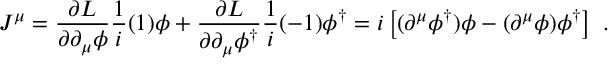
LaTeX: J ^ { \mu } = \frac { \partial { \cal { L } } } { \partial \partial _ { \mu } \phi } \frac { 1 } { i } ( 1 ) \phi + \frac { \partial { \cal { L } } } { \partial \partial _ { \mu } \phi ^ { \dagger } } \frac { 1 } { i } ( - 1 ) \phi ^ { \dagger } = i \left[ ( \partial ^ { \mu } \phi ^ { \dagger } ) \phi - ( \partial ^ { \mu } \phi ) \phi ^ { \dagger } \right] ~ .